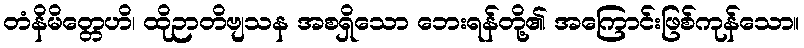
တံနိမိတ္တေဟိ၊ ထိုဉာတိဗျသန အစရှိသော ဘေးရန်တို့၏ အကြောင်းဖြစ်ကုန်သော။